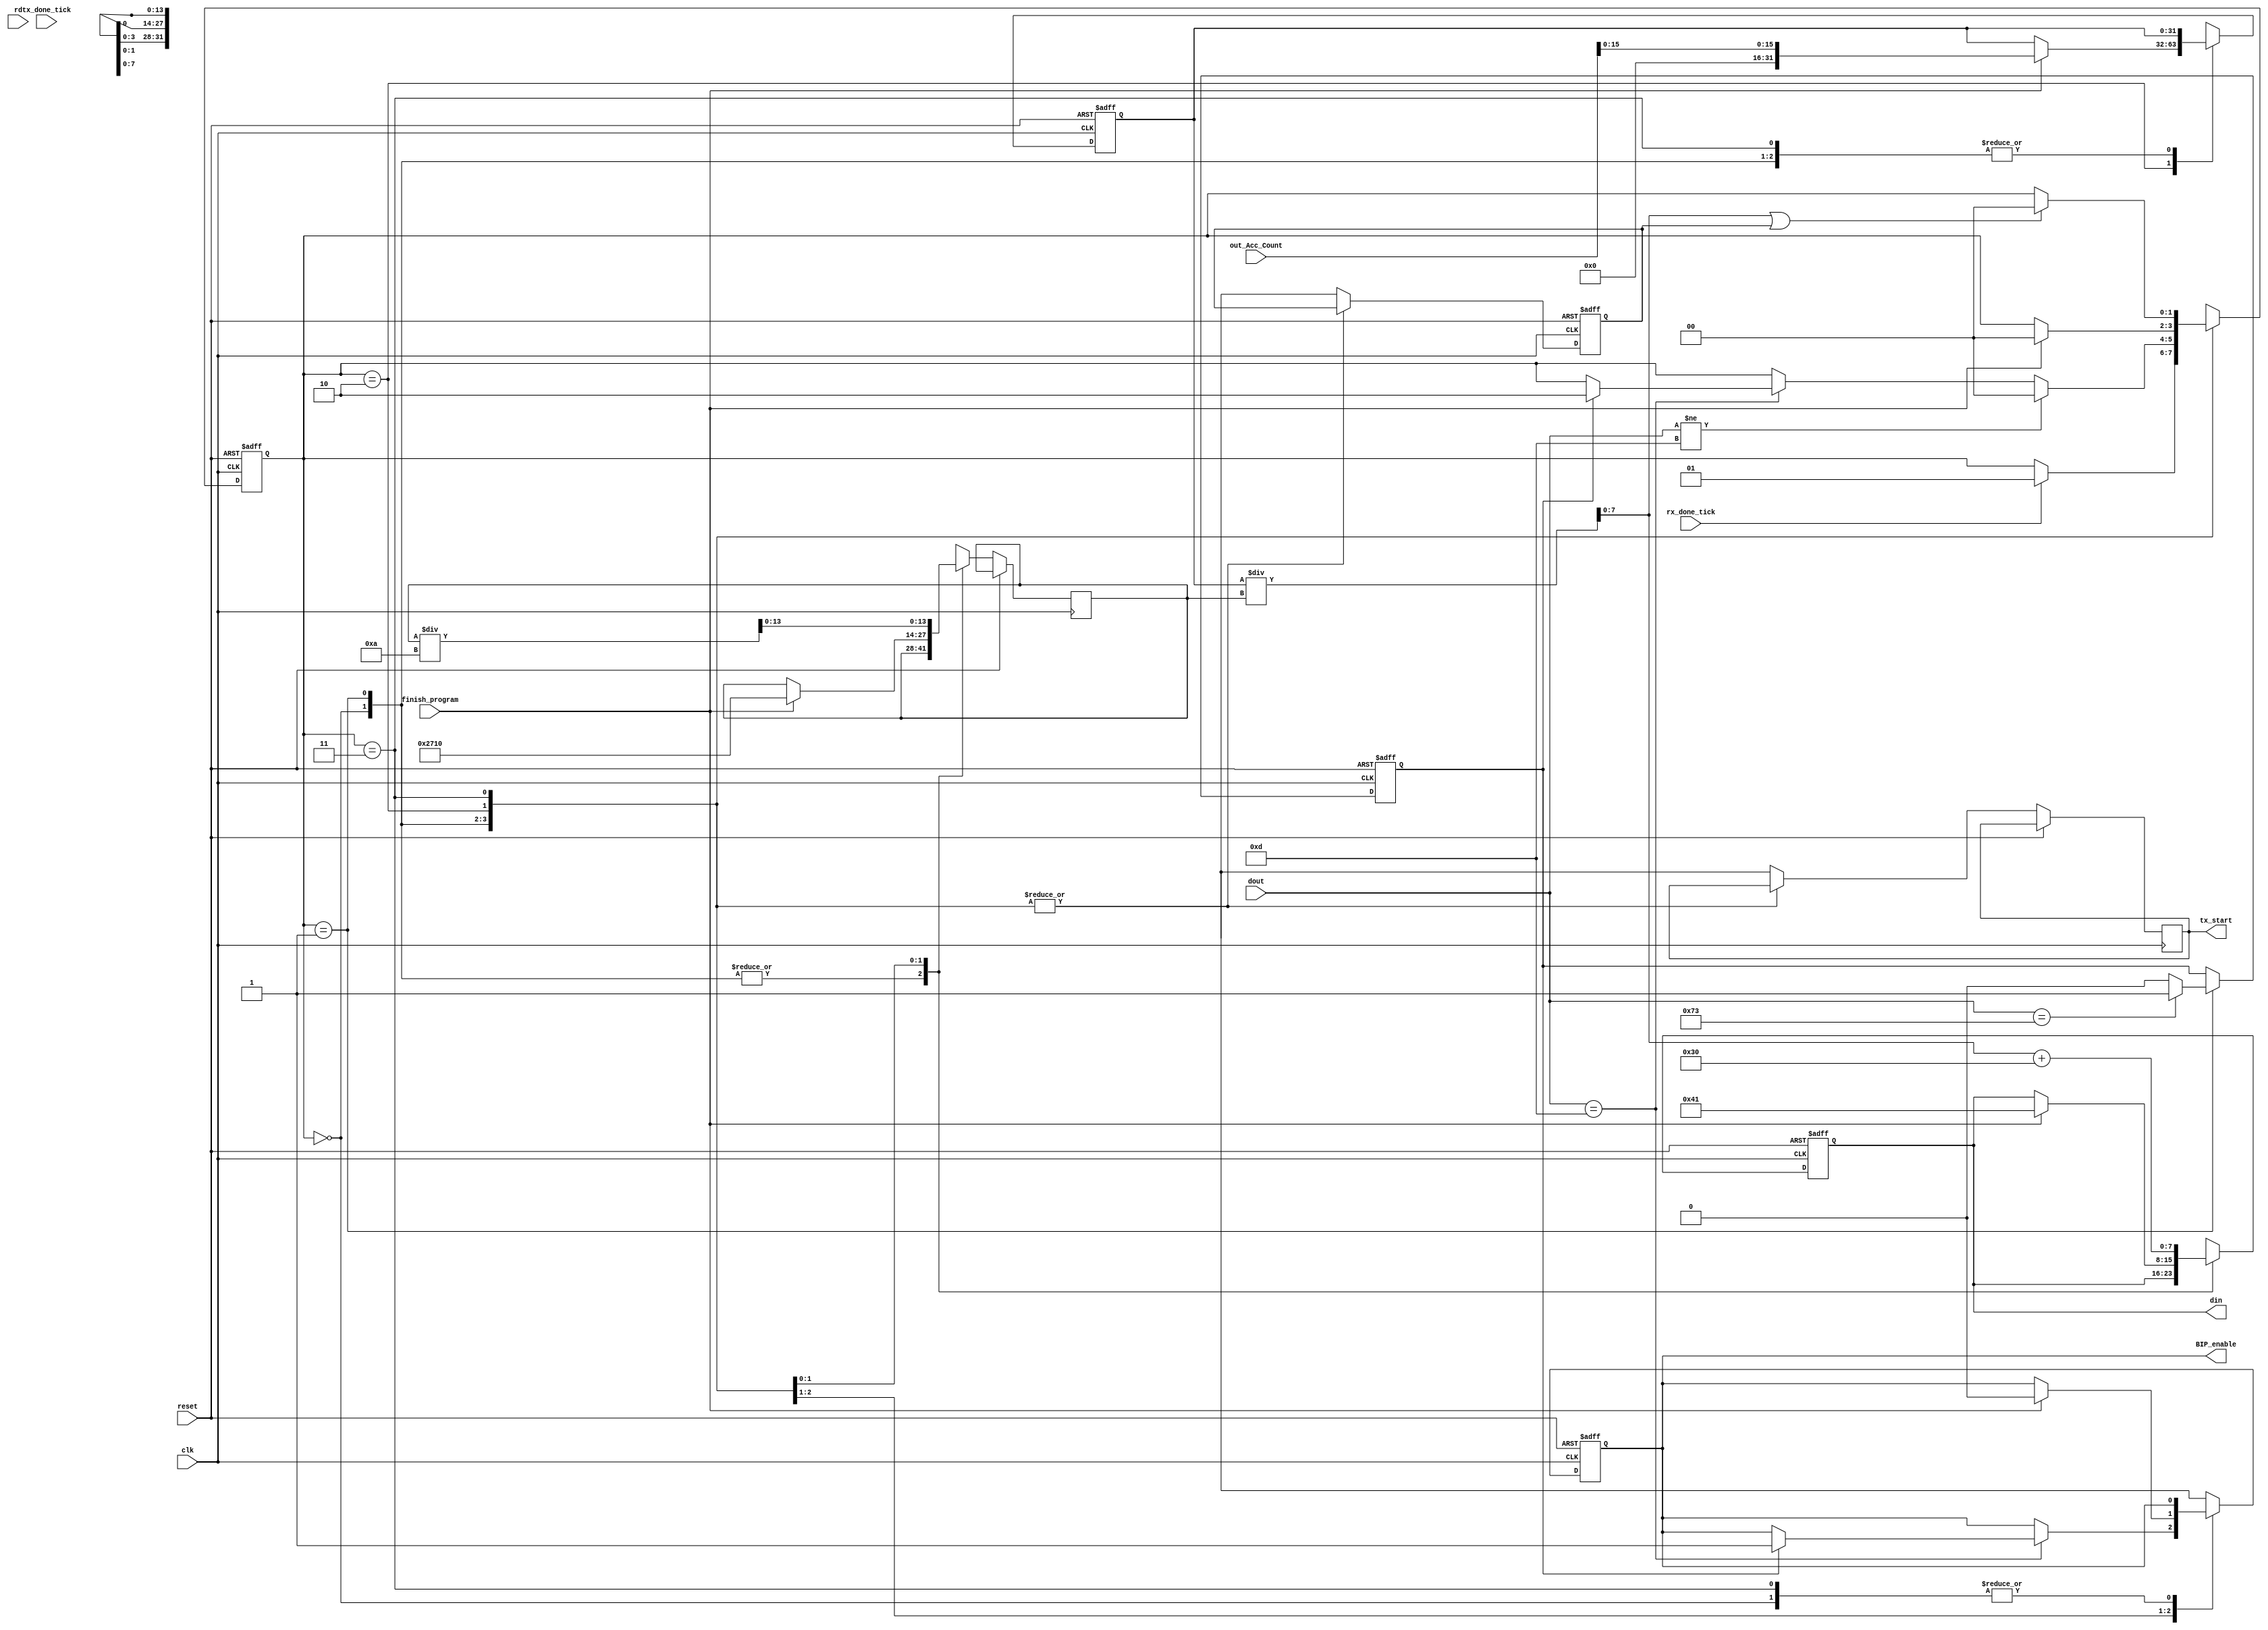
`timescale 1ns / 1ps

module interface
	#(
	   parameter DBIT = 8			// # data bits
    )
	(
	   input wire clk, reset, rx_done_tick, rd, finish_program, tx_done_tick,
	   input wire [7:0] dout,
	   input wire [31:0] out_Acc_Count,
	   output wire [7:0] din,
	   output wire BIP_enable, tx_start
	);
	
	// symbolic state declaration
	localparam [2:0]
	idle_rx = 3'b000,
	receive = 3'b001,
	idle_tx = 3'b010,
	operate = 3'b011,
	transmit = 3'b100;
	
	// signal declaration
	reg [1:0] state_reg;
	reg [31:0] aux_Acc_Count;//
	reg [15:0] aux_Acc, aux_Count; // solo usa 6 bits, da un warning si le ponemos 8 bits
	reg is_s, aux_BIP, z_flag, acc_sended, tx_start_aux;
	reg [13:0] div; //puede ser integer tambin, pero as no da warning;
	reg [7:0] dig, out;
	
	// body
	// FSMD next-state logic
	always @(posedge clk , posedge reset)
	begin
        if (reset) 
            begin
                state_reg <= idle_rx;
                aux_Acc_Count <= 0; // aux lo inicializamos en 0
                aux_Acc <= 0;
                aux_Count <= 0;
                is_s <= 0;
                acc_sended <= 0;
                out <= 0;
                z_flag <= 0;
                dig <= 0;
                aux_BIP <= 0;
            end
        else
            begin
                case (state_reg)
                    idle_rx :
                      if (rx_done_tick) state_reg = receive;
                    receive :
                      begin
                        case (dout)
                            115:           // 115: 's' en ascii (second operand)
                                is_s <= 1;
                            13:            // 13: 'Enter' en ascii (operation)  
                                begin
                                    if (is_s) 
                                        begin
                                            aux_BIP <= 1;
                                            is_s <= 0;
                                            state_reg = idle_tx;
                                        end
                                end
                            default: is_s <= 0; // Seteo en 0 el is_s
                        endcase //endcase (dout)
                         if (dout!=13) state_reg = idle_rx; // si no siempre vuelve a idle_rx y nunca va a idle_tx
                      end //end recive
                  idle_tx:
                    if(finish_program)  // Es 1 si termino el programa, else 0
                        begin
                            state_reg = transmit;
                            out = 65; // A en ascii
                            aux_BIP = 0;
                            aux_Count = out_Acc_Count[31:16];
                            aux_Acc_Count = out_Acc_Count[15:0];
                            div = 10000;
                        end
                  operate:
                    begin
                        dig = aux_Acc_Count / div;    // divido para obtener el digito a transmitir (ej, 123/100 - obtengo 1 en it. 1)
                        div = div / 10;     // Divido por 10 para en la sig iteracin obtener el sig digito (100/10=10)
                        if(dig || z_flag == 1) state_reg = transmit; // Entro si dig != 0  zflag = 1 si ya transmiti un valor y tengo que mandar un 0
                        out = dig + 48; // Sumo 48 al digito enviado para transmitir en ascii
                    end
                  transmit :
                      begin
                         tx_start_aux = 1'b1;
                         if (tx_done_tick)
                           begin
                               if (out == 65 || out == 67) out = 58; // : en ascii
                               else if (out == 58) out = 13; // enter en ascii
                               else if (out == 13) state_reg = operate;
                               else
                                begin
                                   z_flag= 1'b1;
                                   state_reg = operate ;
                                   tx_start_aux = 1'b0;
                                   if (div == 0) // Resetamos todos los parametros
                                       begin
                                           z_flag = 1'b0;
                                           div = 10000;
                                           state_reg = transmit;
                                           if (acc_sended==1) state_reg = idle_rx;
                                           acc_sended = 1;
                                           aux_Acc_Count = aux_Count;
                                           out = 67; // C en ascii
                                       end // if (div == 0)
                                   else aux_Acc_Count = aux_Acc_Count % (div*10);
                                end // else
                           end// if (tx_done_tick)
                       end  // transmit
		        endcase //end case (state_reg)
		    end //end else
	end //end always

	// output
	assign BIP_enable = aux_BIP;
	assign din = out;
    assign tx_start = tx_start_aux;
	
endmodule